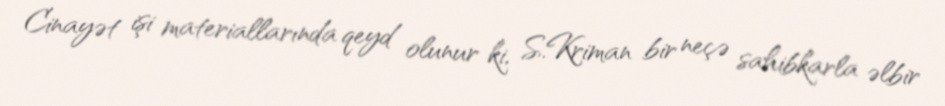
Cinayət işi materiallarında qeyd olunur ki, S.Kriman bir neçə sahibkarla əlbir